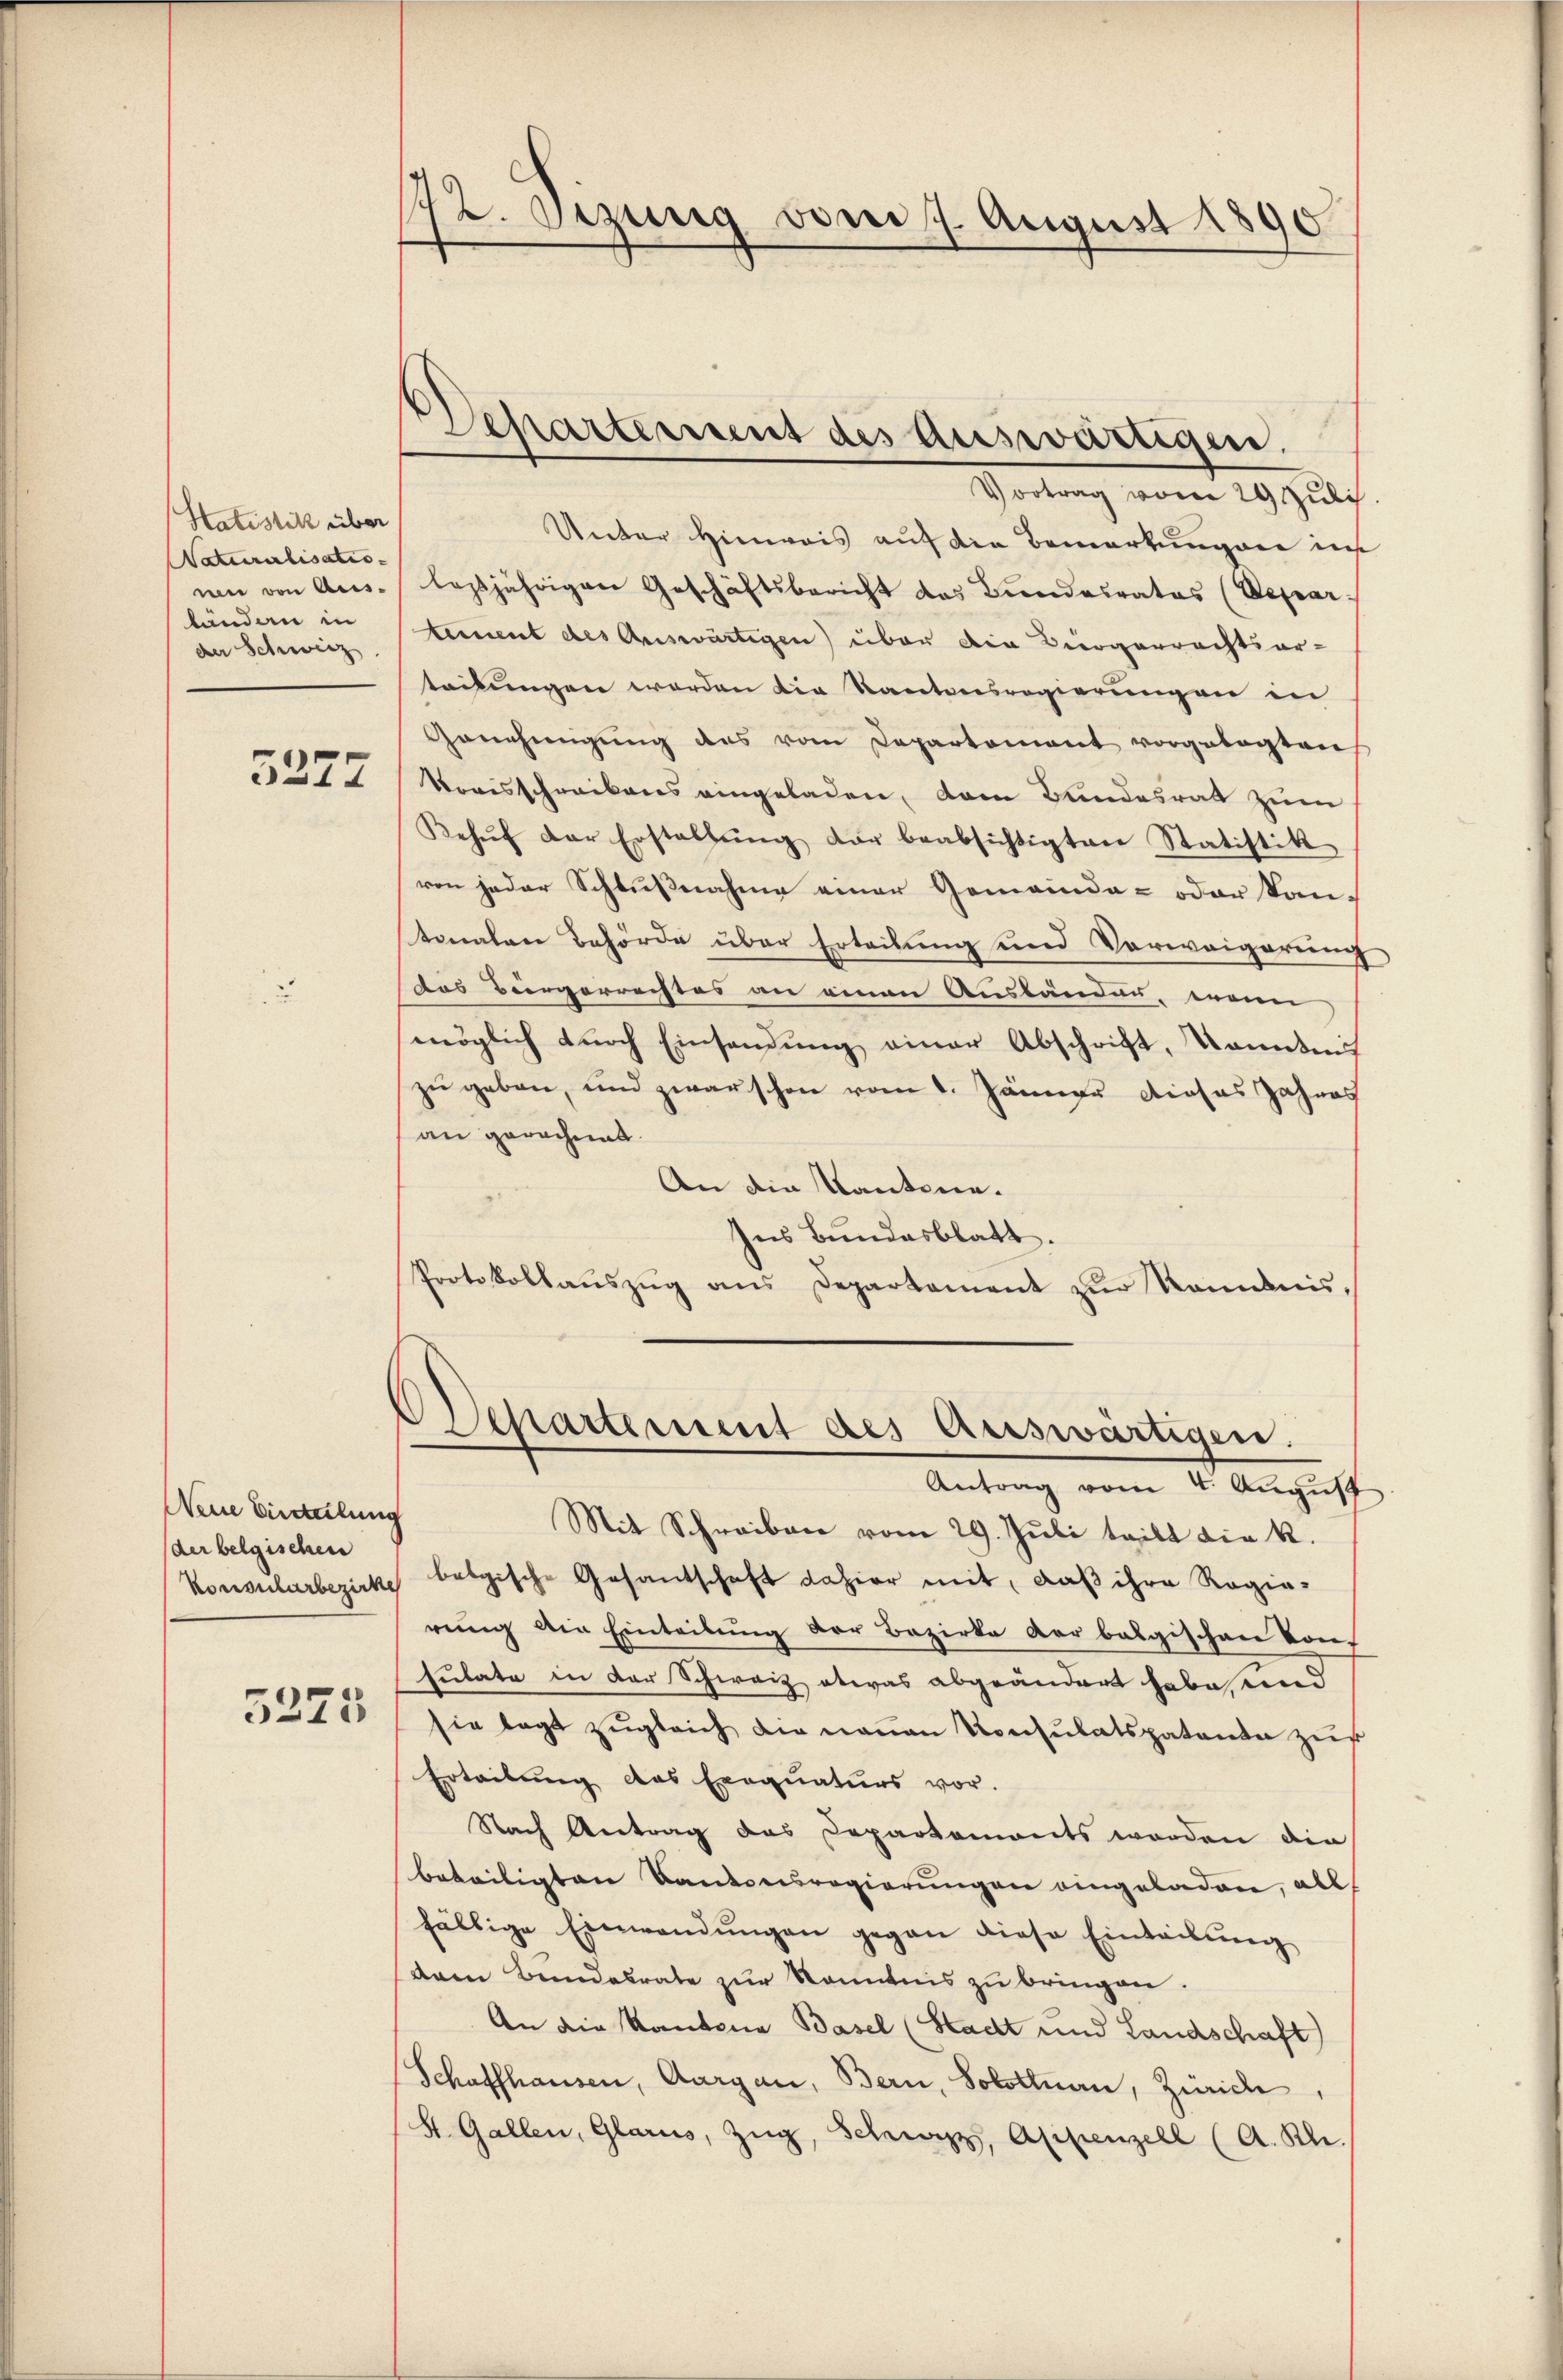
Hatistik über
Naturalisatio- |
wie von Aus-
länden in
der Schweiz.

5272

Neine Einsteilung
der belgischen

5275

172. Bezug vom 7. August 1890

Departement des Auswärtigen.

Vortrag vom 29 t Juli.
Unter Hinweis auf die Bemerkungen in
lesjährigen Geschäftsbericht das Bundesrates (Depar
tement des Auswärtigen) über die Biergerrechtsar-
teilungen werden die Kantonsregierungen in
Genehmigŭng des vom Departement vorgelegten
Vorisschreibens eingeladen, dem Landesrat zum
Behuf der Erstellŭng der beabsichtigten Statistik
ren jeder Schlußnahme einer Gemeinde- oder kan-
tonalen Behörde über Erteilung und Vorweigerung
das Bürgerrechtes an einen Ausbänden, wenn
möglich durch Einsendung einer Abschrift, kanntnis
zu geben, und zwar schon vom 1. Jänner dieses Jahres
an gerechnet.
An die Kantone.
Ins Bundesblatt.
Protokollaŭszŭg ans Departement zŭr Romanis¬
Departement des Auswärtigen.
Antrag vom 4. August
Mit Schreiben vom 29. Juli teilt die k.
Konsularbezirke belgische Gesandschaft dahier mit, daß ihre Regierung die Eintribung der Bezirke der balgischen Kons
sulate in der Schweiz etwas abgeändert habe, und
sie legt zŭgleich die neŭen Konsulatspatente zŭf
Erteilung des Exequaturs vor.
Nach Antrag das Departemonts werden die
beteiligten Kantonsregierungen eingeladen, all
fällige Einwandŭngen gegen diese Einteilŭng
(dem Bundesrate zur Kenntnis zu bringen.
An die Kantonia Basel (Stadt und Landschaft)
Schaffhausen, Aargau, Bern, Solottnau, Zürich,
St. Gallen, Glarus, Zug, Schwyz, Appenzell (A. Rh.